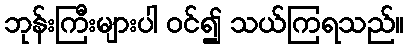
ဘုန်းကြီးများပါ ဝင်၍ သယ်ကြရသည်။